Vaccine operations Central Provinces 1868-1885 - 1868-1885
Year: 1868
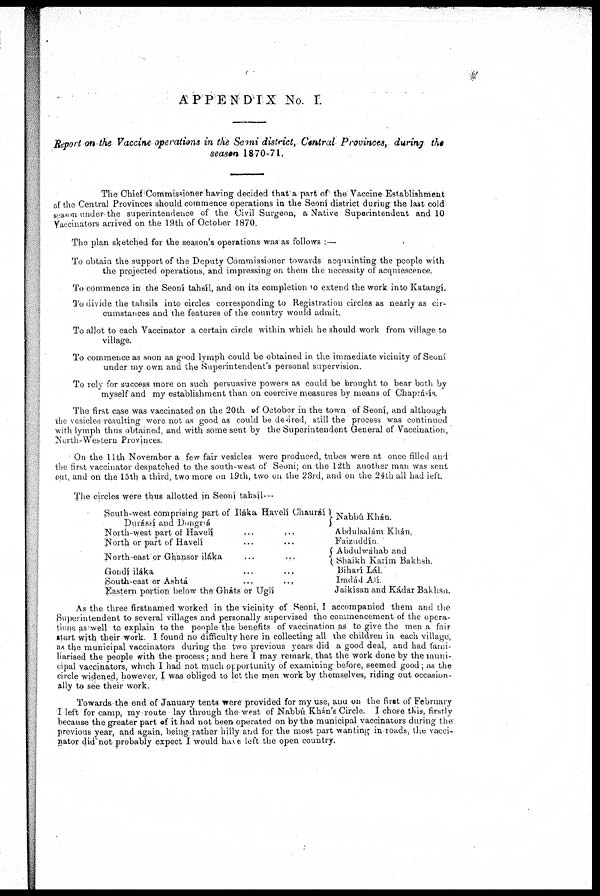
APPENDIX No. I.
Report on the Vaccine operations in the Seoni district, Central Provinces, during the
season 1870-71.
The Chief Commissioner having decided that a part of the Vaccine Establishment
of the Central Provinces should commence operations in the Seoni district during the last cold
season under the superintendence of the Civil Surgeon, a Native Superintendent and 10
Vaccinators arrived on the 19th of October 1870.
The plan sketched for the season's operations was as follows ,—
To obtain the support of the Deputy Commissioner towards acquainting the people with
the projected operations, and impressipg on them the necessity of acquiescence.
To commence in the Seoní tahaíl, and on its completion of extend the work into Katangí.
To divide the tahsils into circles corresponding to Registiation circles as nearly as cir-
cumstances and the features of the country would admit.
To allot to each Vaccinator a certain circle within which he should work from village to
village.
To commence as soon as good lymph could be obtained in the immediate vicinity of Seoní
under my own and the Superintendent's personal supervision.
To rely for success more on such persuasive powers as could be brought to bear both by
myself and my establishment than on coercive measures by means of Chaprásís
The first case was vaccinated on the 20th of October in the town of Seoní, and although
the vesicles resulting were not as good as could be desired, still the process was continued
with lymph thus obtained, and with some sent by the Superintendent General of Vaccination,
North-Western Provinces.
On the 11th November a few fair vesicles were produced, tubes were at once filled and
the first vaccinator despatched to the south-west of Seoni; on the 12th another man was sent
out, and on the 15th a third, two more on 19th, two on the 23rd, and on the 24th all had left.
The circles were thus allotted in Seoní tahbíl—
South-west comprising part of Iláka Havelí Chauráí
Durássí and Dongná
North-west part of Havelí ... ...
North or part of Havelí ... ...
North-east or Ghansor iláka ... ...
Gondí iláka ... ...
South-east or Ashtá
...
...
Eastern portion below the Gháts or Uglí
Nabbú Khán.
Abdulsalám Khán,
Falzuddín
Abdulwáhab and
Shaikh Karím Bakhsh.
Biharí Lál.
Imdád Alí
Jaikísan and Kádar Bakhsa.
As the three firstnamed worked in the vicinity of Seoni, I accompanied them and the
Superintendent to several villages and personally supervised the commencement of the opera-
tions as well to explain to the people the benefits of vaccination as to give the men a fair
start with their work I found no difficulty here in collecting all the children in each village,
as the municipal vaccinators during the two previous years did a good deal, and had tann-
liarised the people with the process; and here I may remark, that the work done by the muni-
cipal vaccinators, which I had not much opportunity of examining before, seemed good; as the
circle widened, however, I was obliged to let the men work by themselves, riding out occasion-
ally to see their work.
Towards the end of January tents were provided for my use, and on the first of February
I left for camp, my route lay through the west of Nabbú Khan's Circle. I chose this, firstly
because the greater part of it had not been operated on by the municipal vaccinators during the
previous year, and again, being rather hilly and for the most part wanting in-loads, the vacci-
nator did not probably expect I would have left the open country.